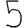
Digit: 5